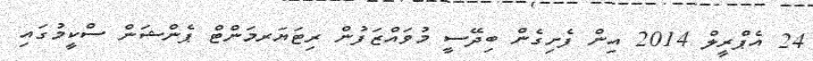
24 އެޕްރީލް 2014 އިން ފެށިގެން ބިދޭސީ މުވައްޒަފުން ރިޓަޔަރމަންޓް ޕެންޝަން ސްކީމުގައި